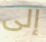
إلى